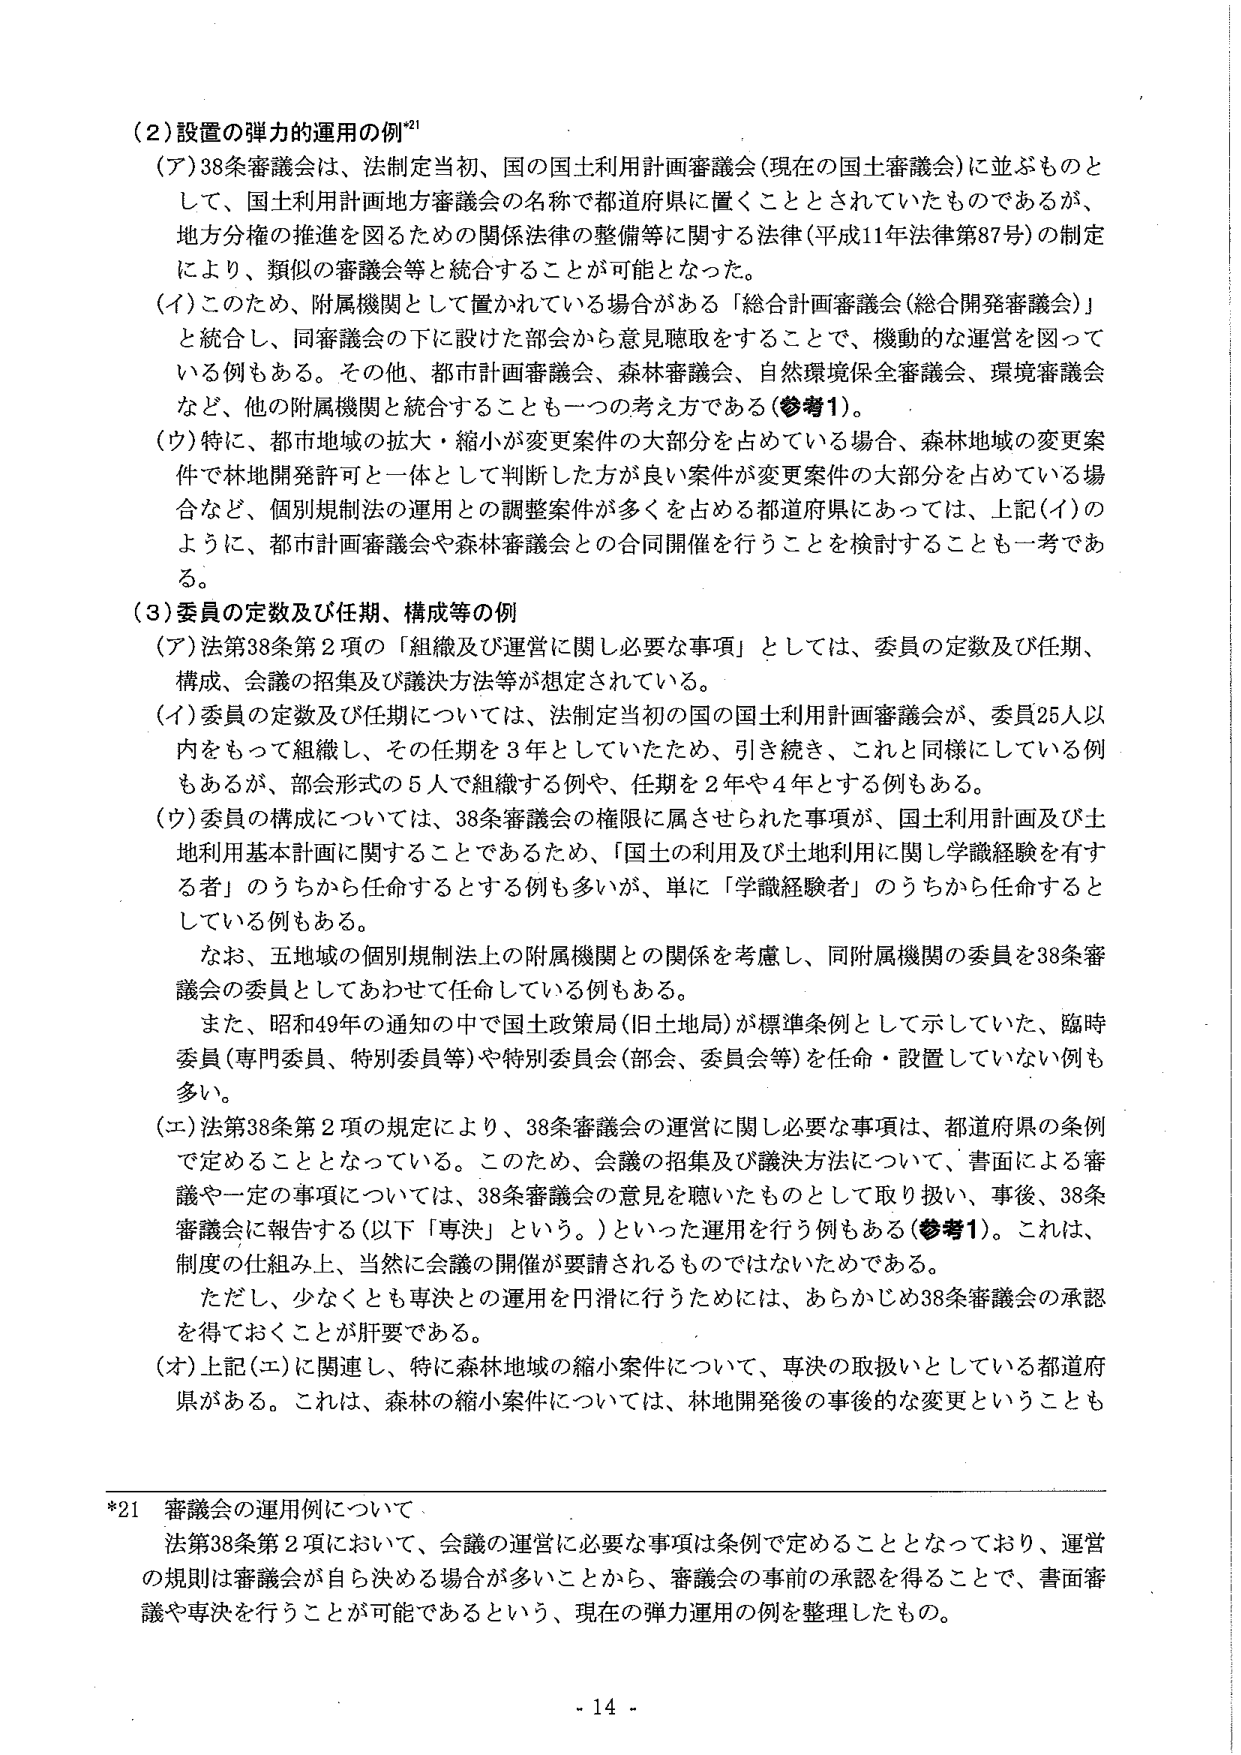
(2) 設置の弾力的運用の例*21
(ア) 38条審議会は、法制定当初、国の国土利用計画審議会（現在の国土審議会）に並ぶものとして、国土利用計画地方審議会の名称で都道府県に置くこととされていたものであるが、地方分権の推進を図るための関係法律の整備等に関する法律（平成11年法律第87号）の制定により、類似の審議会等と統合することが可能となった。
(イ) このため、附属機関として置かれている場合がある「総合計画審議会（総合開発審議会）」と統合し、同審議会の下に設けた部会から意見聴取をすることで、機動的な運営を図っている例もある。その他、都市計画審議会、森林審議会、自然環境保全審議会、環境審議会など、他の附属機関と統合することも一つの考え方である（参考1）。
(ウ) 特に、都市地域の拡大・縮小が変更案件の大部分を占めている場合、森林地域の変更案件で林地開発許可一体として判断した方が良い案件が変更案件の大部分を占めている場合など、個別規制法の運用との調整案件が多くを占める都道府県にあっては、上記(イ)のように、都市計画審議会や森林審議会との合同開催を行うことを検討することも一考である。

(3) 委員の定数及び任期、構成等の例
(ア) 法第38条第2項の「組織及び運営に関し必要な事項」としては、委員の定数及び任期、構成、会議の招集及び議決方法等が想定されている。
(イ) 委員の定数及び任期については、法制定当初の国の国土利用計画審議会が、委員25人以内をもって組織し、その任期を3年としていたため、引き続き、これと同様にしている例もあるが、部会形式の5人で組織する例や、任期を2年や4年とする例もある。
(ウ) 委員の構成については、38条審議会の権限に属させられた事項が、国土利用計画及び土地利用基本計画に関することであるため、「国土の利用及び土地利用に関し学識経験を有する者」のうちから任命するとする例も多いが、単に「学識経験者」のうちから任命するとしている例もある。
　　なお、五地域の個別規制法上の附属機関との関係を考慮し、同附属機関の委員を38条審議会の委員としてあわせて任命している例もある。
　　また、昭和49年の通知の中で国土政策局（旧土地局）が標準条例として示していた、臨時委員（専門委員、特別委員等）や特別委員会（部会、委員会等）を任命・設置していない例も多い。
(エ) 法第38条第2項の規定により、38条審議会の運営に関し必要な事項は、都道府県の条例で定めることとなっている。このため、会議の招集及び議決方法について、書面による審議や一定の事項については、38条審議会の意見を聴いたものとして取り扱い、事後、38条審議会に報告する（以下「専決」という。）といった運用を行う例もある（参考1）。これは、制度の仕組み上、当然に会議の開催が要請されるものではないためである。
　　ただし、少なくとも専決との運用を円滑に行うためには、あらかじめ38条審議会の承認を得ておくことが肝要である。
(オ) 上記(エ)に関連し、特に森林地域の縮小案件について、専決の取扱いとしている都道府県がある。これは、森林の縮小案件については、林地開発後の事後的な変更ということでもある。

*21 審議会の運用例について：
　　法第38条第2項において、会議の運営に必要な事項は条例で定めることとなっており、運営の規則は審議会が自ら決める場合が多いことから、審議会の事前の承認を得ることで、書面審議や専決を行うことが可能であるという、現在の弾力運用の例を整理したもの。

- 14 -